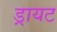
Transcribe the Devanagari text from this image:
ड्रायट